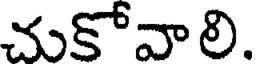
చుకోవాలి.